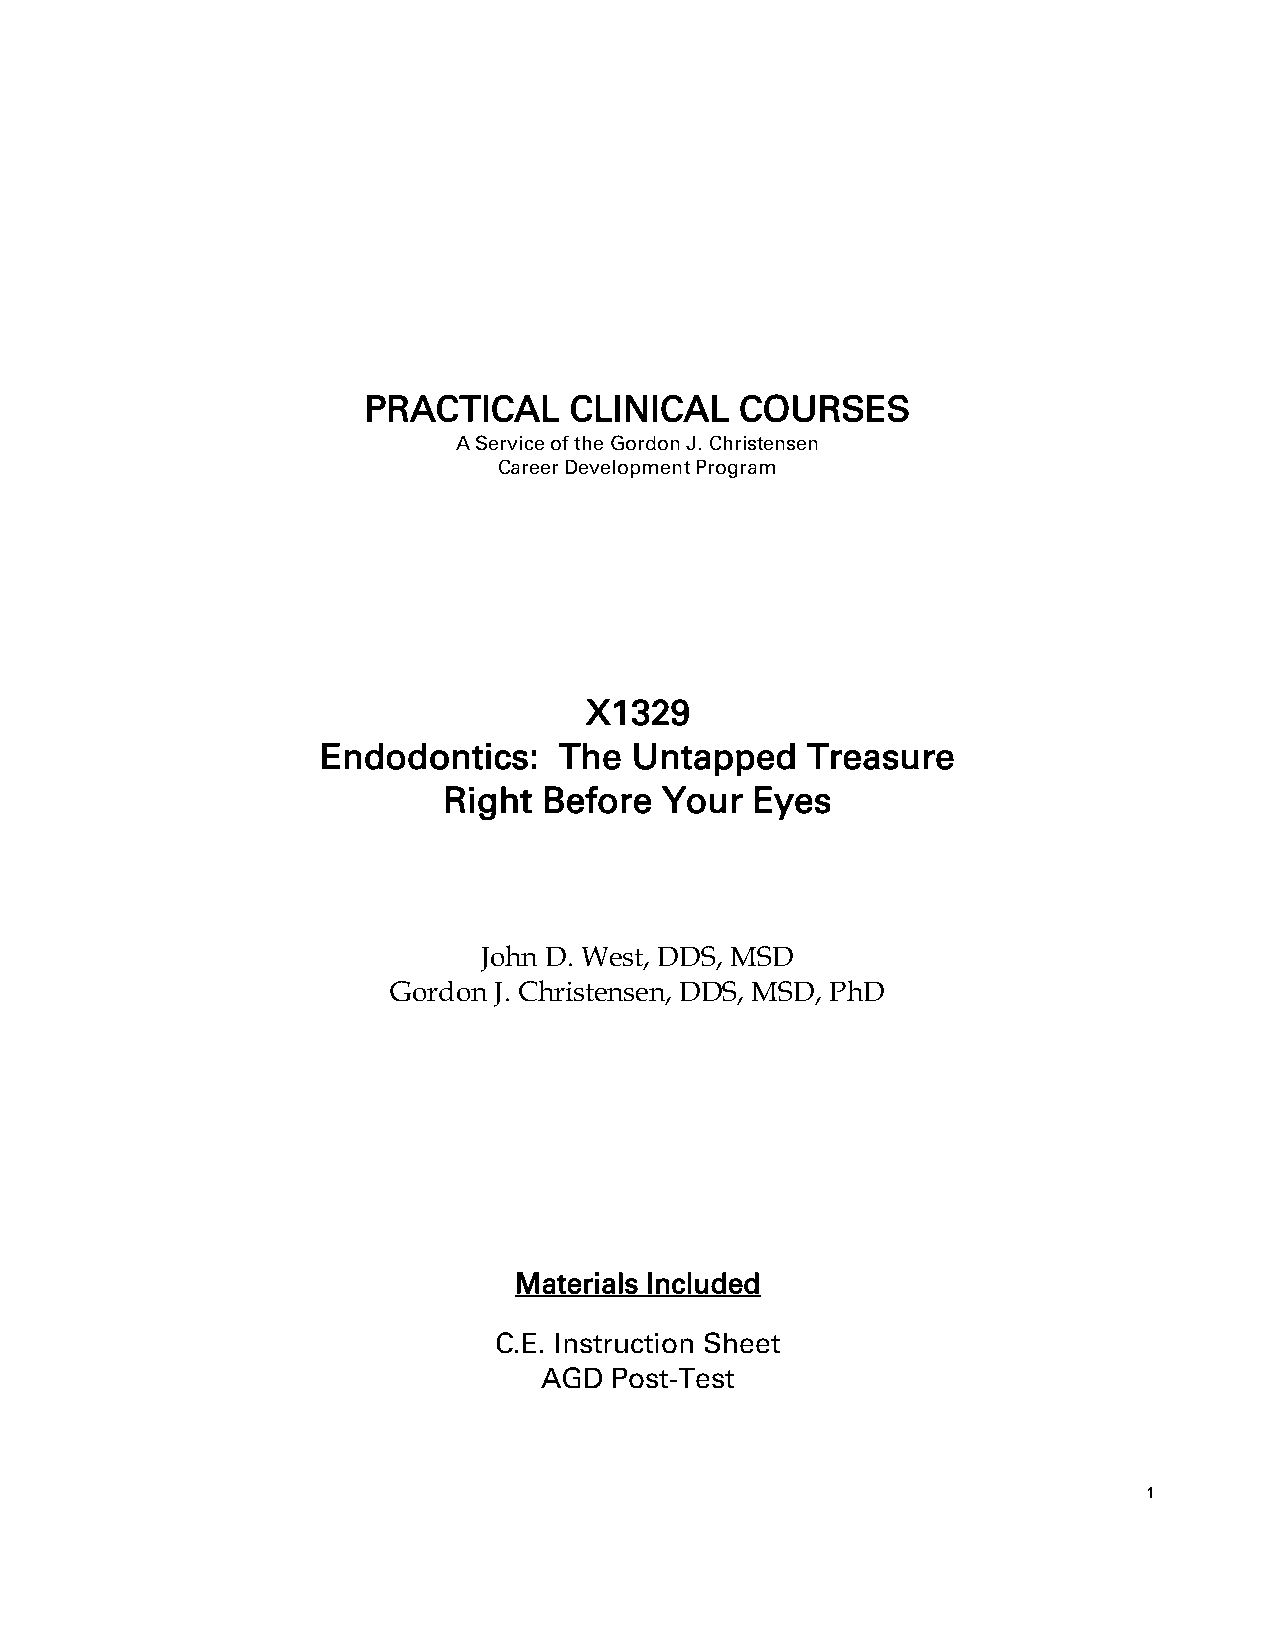
PRACTICAL     CLINICAL   COURSES
 A Service of the Gordon J. Christensen
 Career Development Program
 X1329
 Endodontics:    The  Untapped   Treasure
 Right  Before  Your  Eyes
 John D. West, DDS, MSD
 Gordon J. Christensen, DDS, MSD, PhD
 Materials Included
 C.E. Instruction Sheet
 AGD Post-Test
 1